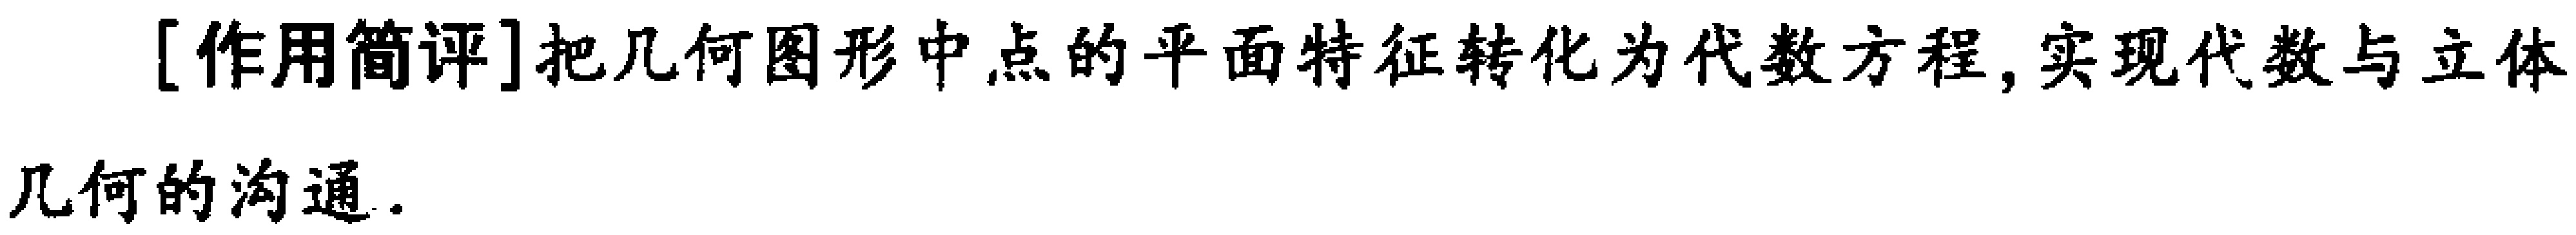
[作用简评]把几何图形中点的平面特征转化为代数方程, 实现代数与立体几何的沟通.